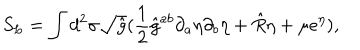
S _ { L } = \int d ^ { 2 } \sigma \sqrt { \hat { g } } ( \frac { 1 } { 2 } { \hat { g } } ^ { a b } \partial _ { a } \eta \partial _ { b } \eta + \hat { R } \eta + \mu e ^ { \eta } ) ,